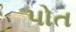
પોત